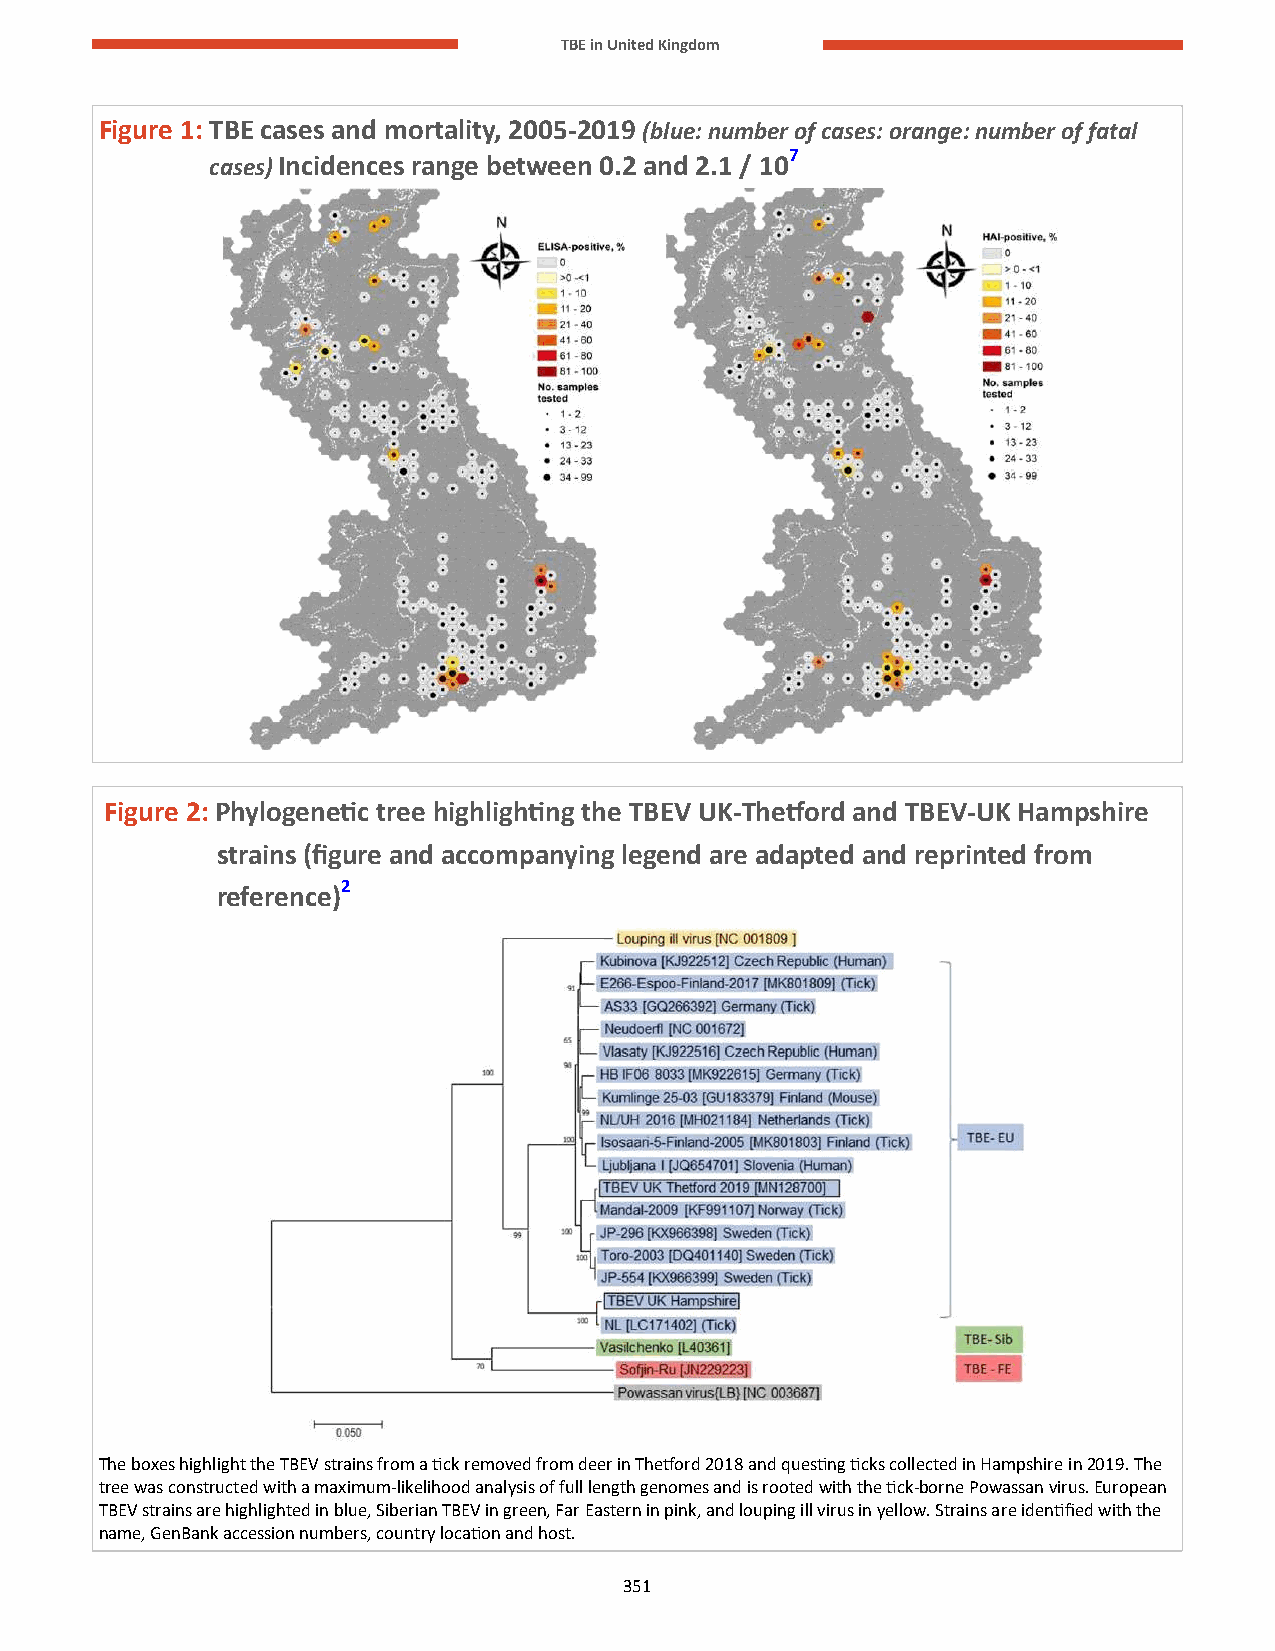
TBE in United Kingdom
 Figure 1: TBE cases and mortality, 2005-2019 (blue: number of cases: orange: number of fatal
 cases) Incidences range between 0.2 and 2.1 / 107
 Figure 2: Phylogenetic tree highlighting the TBEV UK-Thetford and TBEV-UK Hampshire
 strains (figure and accompanying legend are adapted and reprinted from
 reference)2
 The boxes highlight the TBEV strains from a tick removed from deer in Thetford 2018 and questing ticks collected in Hampshire in 2019. The
 tree was constructed with a maximum-likelihood analysis of full length genomes and is rooted with the tick-borne Powassan virus. European
 TBEV strains are highlighted in blue, Siberian TBEV in green, Far Eastern in pink, and louping ill virus in yellow. Strains are identified with the
 name, GenBank accession numbers, country location and host.
 351